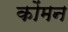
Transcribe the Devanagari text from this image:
कोंमन